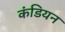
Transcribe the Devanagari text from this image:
कंडियन